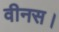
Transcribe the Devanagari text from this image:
वीनस।